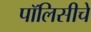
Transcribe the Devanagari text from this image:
पॉलिसीचे